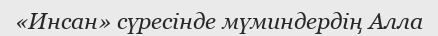
«Инсан» сүресінде мүминдердің Алла